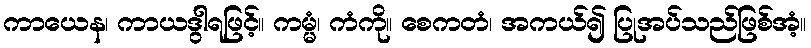
ကာယေန၊ ကာယဒွါရဖြင့်။ ကမ္မံ၊ ကံကို။ စေကတံ၊ အကယ်၍ ပြုအပ်သည်ဖြစ်အံ့။